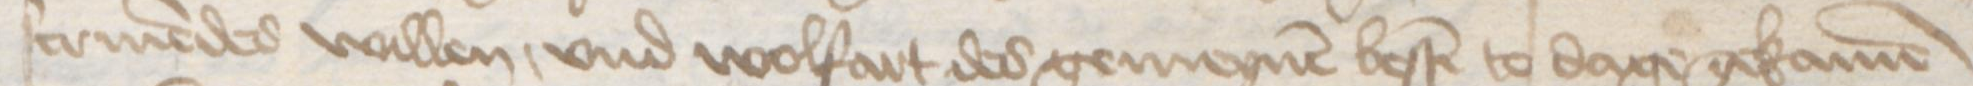
scriuendes willen, vnd wolfart des gemeynen besten to dage gekamen